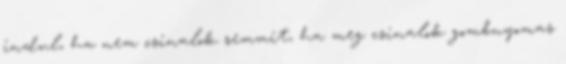
indul, ha nem csinalok semmit, ha meg csinalok gombnyomas